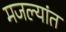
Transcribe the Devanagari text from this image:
मजल्यांत